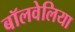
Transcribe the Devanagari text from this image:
बॉलवेलिया